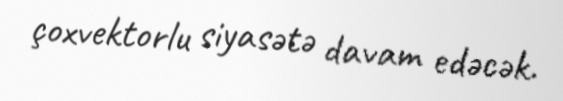
çoxvektorlu siyasətə davam edəcək.